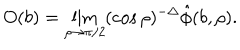
O ( b ) = \lim _ { \rho \to \pi / 2 } ( \cos { \rho } ) ^ { - \Delta } \hat { \phi } ( b , \rho ) .